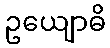
ဥယျောဓိ